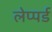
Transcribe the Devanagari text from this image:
लेप्पर्ड